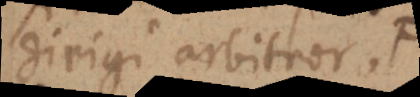
dirigi arbitror,